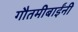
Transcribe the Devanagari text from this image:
गौतमीबाईंनी